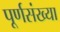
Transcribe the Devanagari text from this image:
पूर्णसंख्या